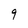
Character: 9